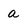
Character: a